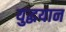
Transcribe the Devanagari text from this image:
युद्धयान